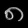
Digit: ၈